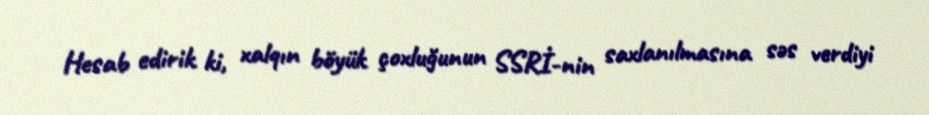
Hesab edirik ki, xalqın böyük çoxluğunun SSRİ-nin saxlanılmasına səs verdiyi